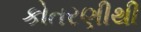
કોતરણીથી